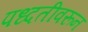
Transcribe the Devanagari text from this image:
पध्दतीवरून